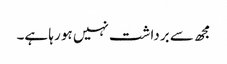
مجھ سے برداشت نہیں ہو رہا ہے۔